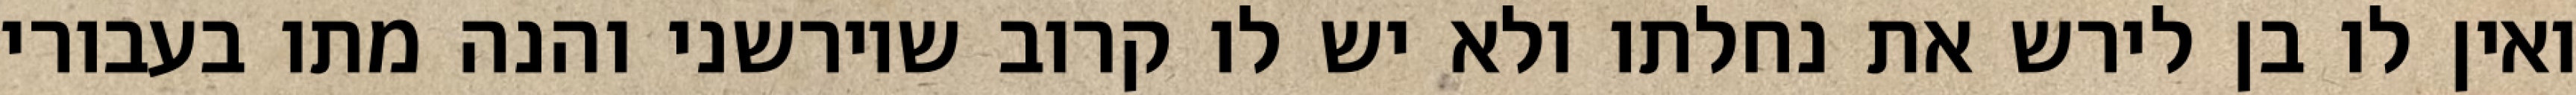
ואין לו בן לירש את נחלתו ולא יש לו קרוב שיורשני והנה מתו בעבורי